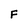
Character: F